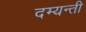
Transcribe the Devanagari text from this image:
दम्यन्ती